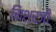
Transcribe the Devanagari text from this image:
मिश्रजी